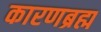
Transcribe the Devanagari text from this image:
कारणब्रह्म